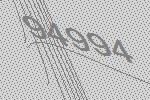
94994